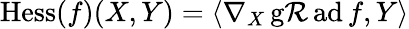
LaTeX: \operatorname{Hess}(f)(X,Y)=\langle\nabla_{X}\operatorname{g\mathcal{R}ad}f,Y\rangle